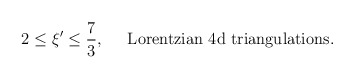
\begin{align*}2\leq \xi'\leq \frac{7}{3},\;\;\;\;\;\mbox{Lorentzian 4d triangulations}.\end{align*}